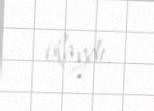
olaydı.